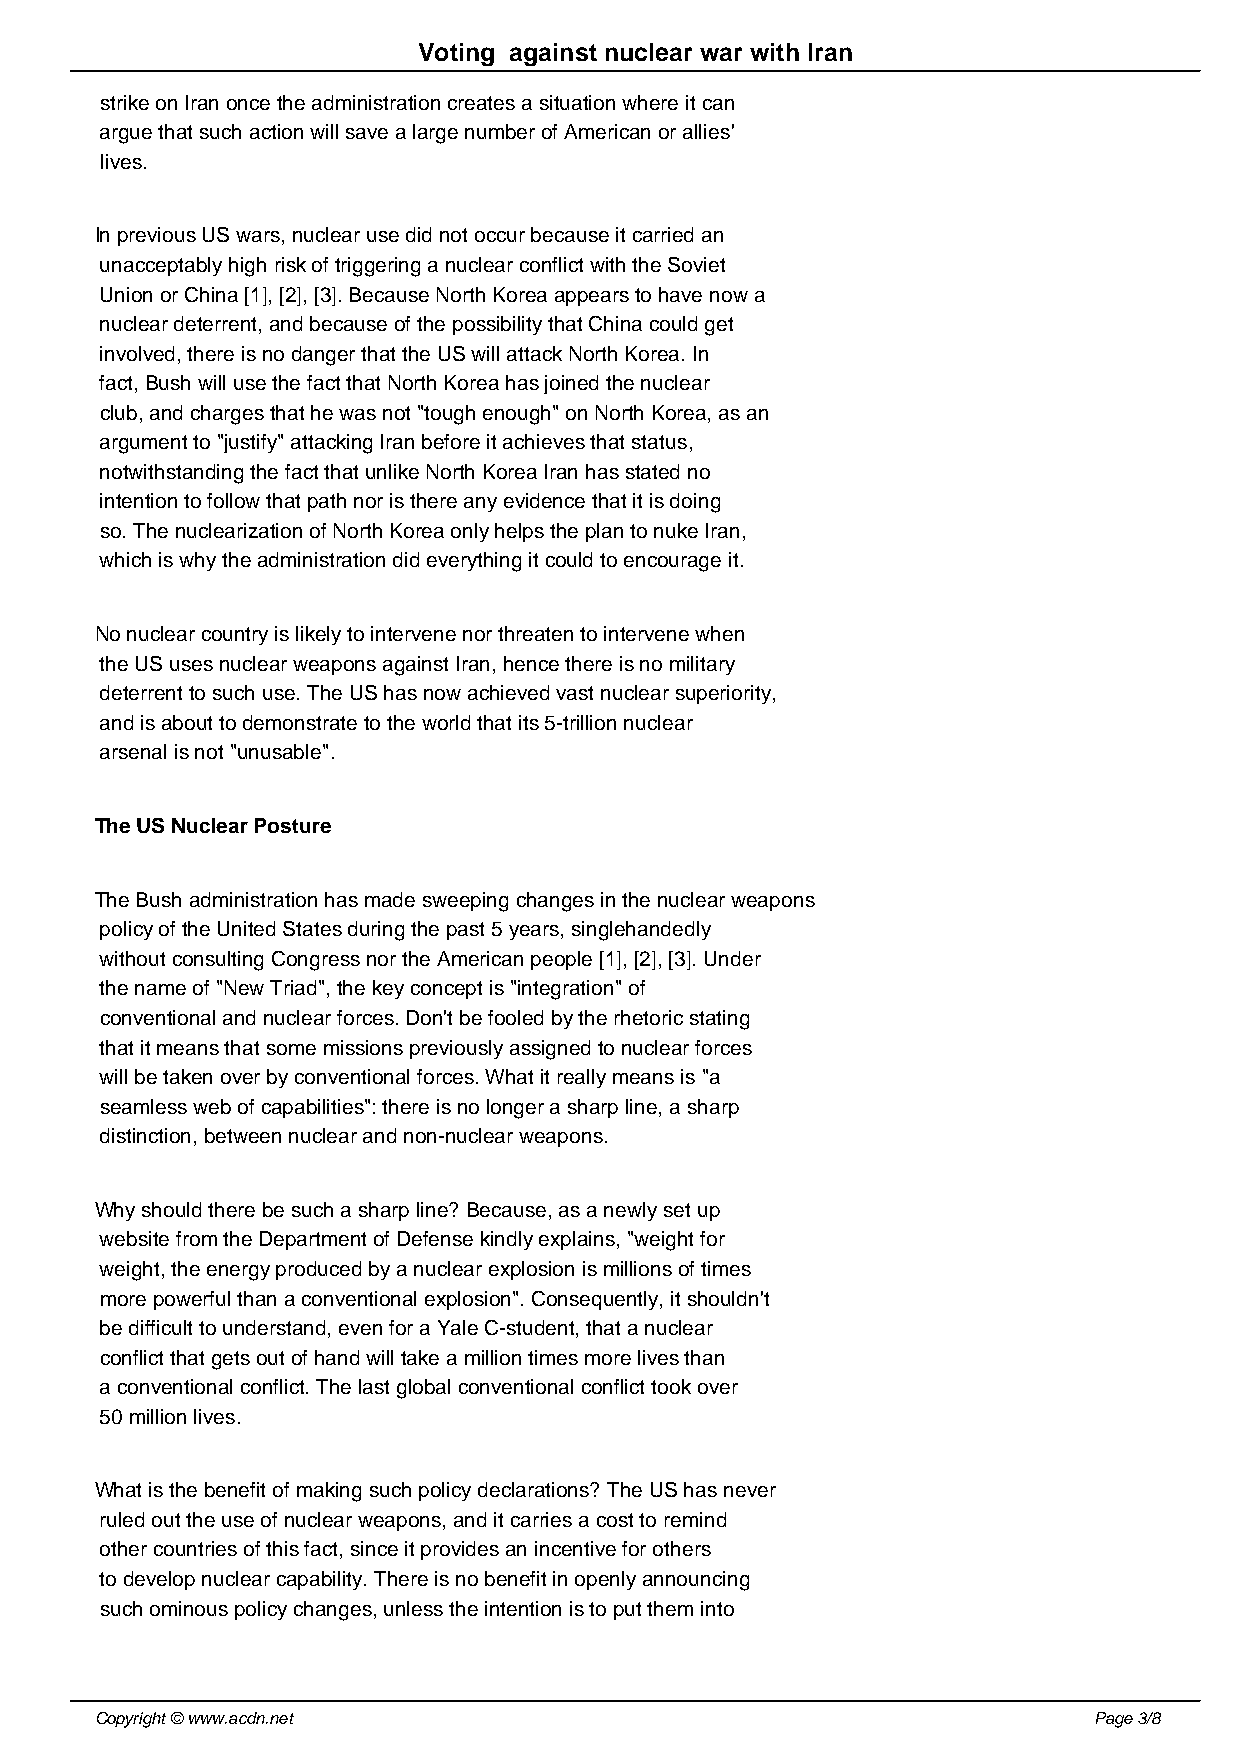
Voting against nuclear war with Iran
 strike on Iran once the administration creates a situation where it can
 argue that such action will save a large number of American or allies'
 lives.
 In previous US wars, nuclear use did not occur because it carried an
 unacceptably high risk of triggering a nuclear conflict with the Soviet
 Union or China [1], [2], [3]. Because North Korea appears to have now a
 nuclear deterrent, and because of the possibility that China could get
 involved, there is no danger that the US will attack North Korea. In
 fact, Bush will use the fact that North Korea has joined the nuclear
 club, and charges that he was not "tough enough" on North Korea, as an
 argument to "justify" attacking Iran before it achieves that status,
 notwithstanding the fact that unlike North Korea Iran has stated no
 intention to follow that path nor is there any evidence that it is doing
 so. The nuclearization of North Korea only helps the plan to nuke Iran,
 which is why the administration did everything it could to encourage it.
 No nuclear country is likely to intervene nor threaten to intervene when
 the US uses nuclear weapons against Iran, hence there is no military
 deterrent to such use. The US has now achieved vast nuclear superiority,
 and is about to demonstrate to the world that its 5-trillion nuclear
 arsenal is not "unusable".
 The US Nuclear Posture
 The Bush administration has made sweeping changes in the nuclear weapons
 policy of the United States during the past 5 years, singlehandedly
 without consulting Congress nor the American people [1], [2], [3]. Under
 the name of "New Triad", the key concept is "integration" of
 conventional and nuclear forces. Don't be fooled by the rhetoric stating
 that it means that some missions previously assigned to nuclear forces
 will be taken over by conventional forces. What it really means is "a
 seamless web of capabilities": there is no longer a sharp line, a sharp
 distinction, between nuclear and non-nuclear weapons.
 Why should there be such a sharp line? Because, as a newly set up
 website from the Department of Defense kindly explains, "weight for
 weight, the energy produced by a nuclear explosion is millions of times
 more powerful than a conventional explosion". Consequently, it shouldn't
 be difficult to understand, even for a Yale C-student, that a nuclear
 conflict that gets out of hand will take a million times more lives than
 a conventional conflict. The last global conventional conflict took over
 50 million lives.
 What is the benefit of making such policy declarations? The US has never
 ruled out the use of nuclear weapons, and it carries a cost to remind
 other countries of this fact, since it provides an incentive for others
 to develop nuclear capability. There is no benefit in openly announcing
 such ominous policy changes, unless the intention is to put them into
 Copyright © www.acdn.net                                          Page 3/8